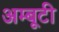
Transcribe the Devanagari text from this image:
अम्बूटी